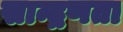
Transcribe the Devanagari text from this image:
सान्द्रणता